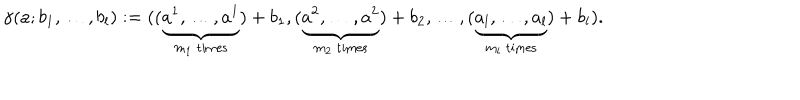
\gamma ( a ; b _ { 1 } , \ldots , b _ { l } ) : = ( ( \underbrace { a ^ { 1 } , \ldots , a ^ { 1 } } _ { m _ { 1 } { \ \mathrm { t i m e s } } } ) + b _ { 1 } , ( \underbrace { a ^ { 2 } , \ldots , a ^ { 2 } } _ { m _ { 2 } { \ \mathrm { t i m e s } } } ) + b _ { 2 } , \ldots , ( \underbrace { a _ { l } , \ldots , a _ { l } } _ { m _ { l } { \ \mathrm { t i m e s } } } ) + b _ { l } ) .